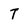
Character: T